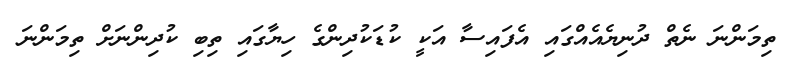
ތިމަންނަ ނެތް ދުނިޔެއެއްގައި އެފައިސާ އަކީ ކުޑަކުދިންގެ ހިޔާގައި ތިބި ކުދިންނަށް ތިމަންނަ